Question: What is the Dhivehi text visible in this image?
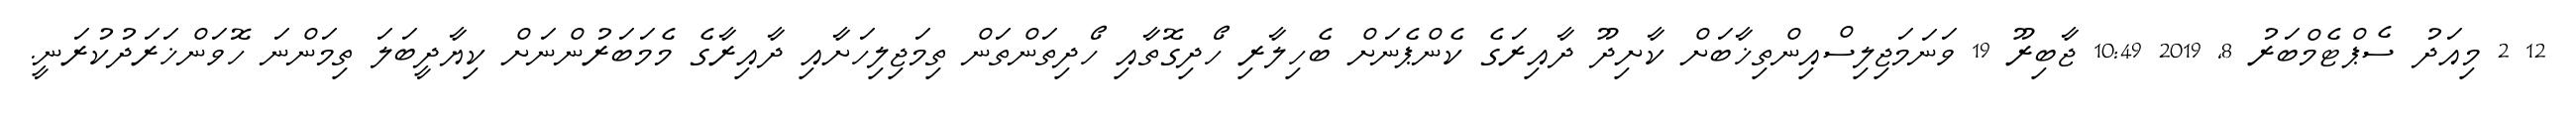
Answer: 12 2 މިއަދު ސެޕްޓެމްބަރު 8, 2019 10:49 ޖާބިރޫ 19 ވަނަމަޖިލިސްއިންތިޚާބަށް ކާށިދޫ ދާއިރަގެ ކެންޕެނަށް ބެހިލާރި ހޯދިގޮތާއި ހޯދިތަންތަން ތިމަޖިލިހަށާއި ދާއިރާގެ މެމަބަރުންނަށް ކިޔާދީބަލަ ތިމަންނަ ހޮވަންޚަރަދުކުރަނީ.